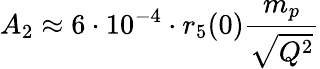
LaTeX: A_{2}\approx 6\cdot 10^{-4}\cdot r_{5}(0){\frac{m_{p}}{\sqrt{Q^{2}}}}